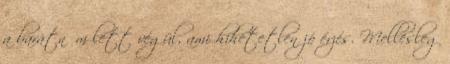
a barátnőm lett végül, ami hihetetlen jó érzés. Mellesleg